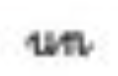
un